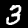
Digit: 3